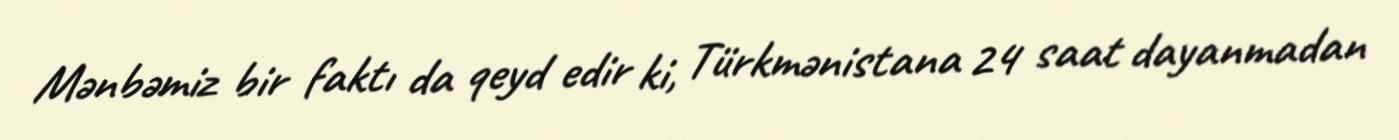
Mənbəmiz bir faktı da qeyd edir ki, Türkmənistana 24 saat dayanmadan